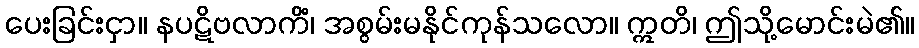
ပေးခြင်းငှာ။ နပဋိဗလာကိံ၊ အစွမ်းမနိုင်ကုန်သလော။ ဣတိ၊ ဤသို့မောင်းမဲ၏။